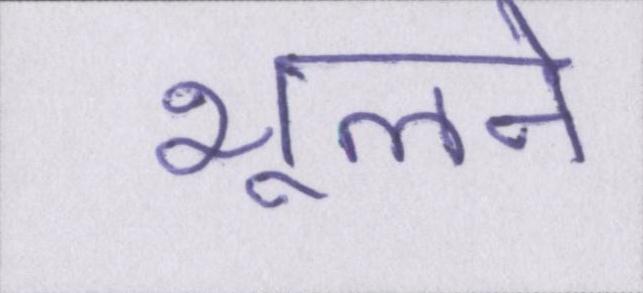
भूलने